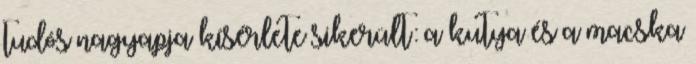
tudós nagyapja kísérlete sikerült: a kutya és a macska